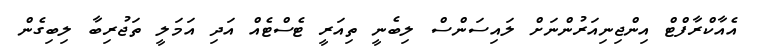
އެއާކްރާފްޓް އިންޖިނިއަރުންނަށް ލައިސަންސް ލިބެނީ ތިއަރީ ޓެސްޓެއް އަދި އަމަލީ ތަޖުރިބާ ލިބިގެން